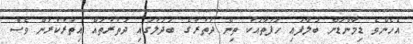
އެހެންވެ ޑިމާންޑަށް ބަލާފައި ހަފުތާއަކު ތިން ދަތުރުގެ ބަދަލުގައި ދަތުރުތައް އިތުރުކުރަން ވެސް